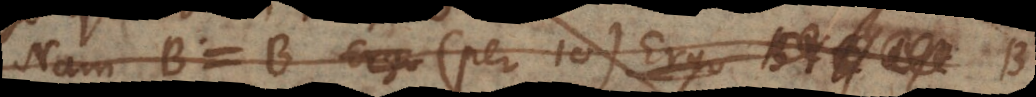
Nam B = B (per 10). Ergo BY